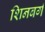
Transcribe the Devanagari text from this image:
शिनबर्ग